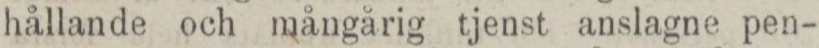
hållande och mångårig tjenst anslagne pen-